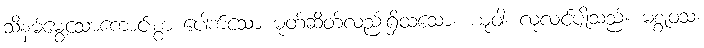
သိနမ်မွေ့သောကောင်းစွာ ပေါက်သော မုတ်ဆိတ်လည်းရှိထသော။ ယုဝါ၊ လုလင်ပျိုသည်။ မစ္စုဝသံ၊